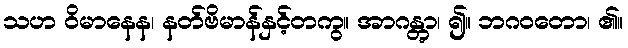
သဟ ဝိမာနေန၊ နတ်ဗိမာန်နှင့်တကွ။ အာဂန္တွာ၊ ၍။ ဘဂဝတော၊ ၏။